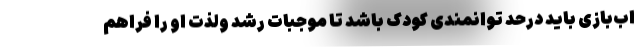
اب‌بازی باید درحد توانمندی کودک باشد تا موجبات رشد ولذت او را فراهم